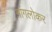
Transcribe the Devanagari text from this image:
मांगलोकर